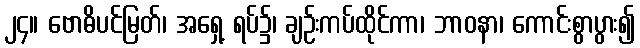
၂၄။ ဗောဓိပင်မြတ်၊ အရှေ့ ရပ်၌၊ ချဉ်းကပ်ထိုင်ကာ၊ ဘာဝနာ၊ ကောင်းစွာပွား၍